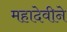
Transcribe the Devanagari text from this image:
महादेवीने